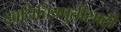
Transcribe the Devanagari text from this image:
द्वनिचित्रपुतीसाठी